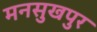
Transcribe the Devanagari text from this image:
मनसुखपुर